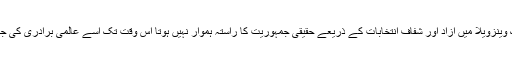
امریکی وزیر خارجہ مائیک پومپیو کے مطابق جب تک وینزویلا میں آزاد اور شفاف انتخابات کے ذریعے حقیقی جمہوریت کا راستہ ہموار نہیں ہوتا اس وقت تک اسے عالمی برادری کی جانب سے پابندی، مزاحمت اور لاتعلقی کا سامنا رہے گا۔